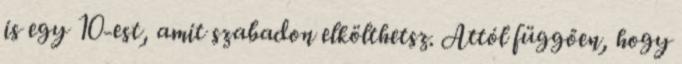
is egy 10-est, amit szabadon elkölthetsz. Attól függően, hogy